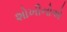
શોખીનોએ